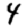
Digit: 4